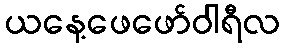
ယနေ့ဖေဖော်ဝါရီလ